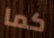
كما